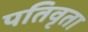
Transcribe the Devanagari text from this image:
पतिवृता